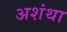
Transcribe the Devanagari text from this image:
अशंथा